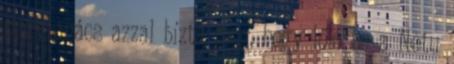
nagytanács azzal bízta meg, hogy lője be a Netu